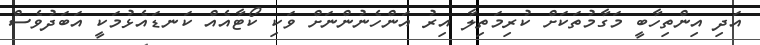
އަދި އިންތިހާބީ މަގާމުތަކަށް ކުރިމަތިލާ އިރު އަންހެނުންނަށް ވަކި ކޯޓާއެއް ކަނޑައެޅުމަކީ އަބަދުވެސް